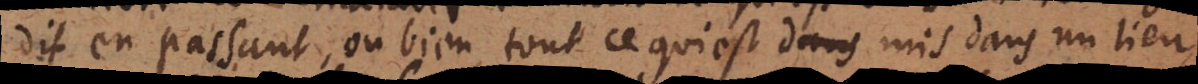
dit en passant, ou bien tout ce qui est mis dans un lieu